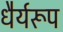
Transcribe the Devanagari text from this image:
धैर्यरूप